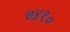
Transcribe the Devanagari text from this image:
७४१०